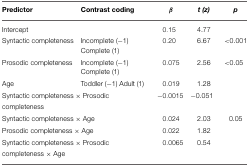
<table><thead><tr><td><b>Predictor</b></td><td><b>Contrast coding</b></td><td><b><i>β</i></b></td><td><b><i>t (z)</i></b></td><td><b><i>p</i></b></td></tr></thead><tbody><tr><td colspan="2">Intercept</td><td>0.15</td><td>4.77</td><td></td></tr><tr><td>Syntactic completeness</td><td>Incomplete (−1) Complete (1)</td><td>0.20</td><td>6.67</td><td>&lt;0.001</td></tr><tr><td>Prosodic completeness</td><td>Incomplete (−1) Complete (1)</td><td>0.075</td><td>2.56</td><td>&lt;0.05</td></tr><tr><td>Age</td><td>Toddler (−1) Adult (1)</td><td>0.019</td><td>1.28</td><td></td></tr><tr><td colspan="2">Syntactic completeness × Prosodic completeness</td><td>−0.0015</td><td>−0.051</td><td></td></tr><tr><td colspan="2">Syntactic completeness × Age</td><td>0.024</td><td>2.03</td><td>0.05</td></tr><tr><td colspan="2">Prosodic completeness × Age</td><td>0.022</td><td>1.82</td><td></td></tr><tr><td colspan="2">Syntactic completeness × Prosodic completeness × Age</td><td>0.0065</td><td>0.54</td><td></td></tr></tbody></table>